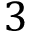
3